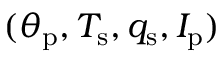
( \theta _ { \mathrm { p } } , T _ { \mathrm { s } } , q _ { \mathrm { s } } , I _ { \mathrm { p } } )